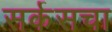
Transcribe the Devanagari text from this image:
सर्कसचा